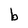
Character: b